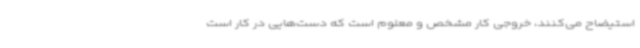
استیضاح می‌کنند، خروجی کار مشخص و معلوم است که دست‌هایی در کار است